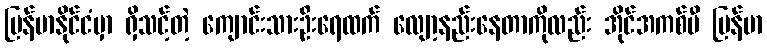
မြန်မာနိုင်ငံမှာ ရှိသင့်တဲ့ ကျောင်းသားဦးရေထက် လျော့နည်းနေတာကိုလည်း အိုင်အကစ်ပီ မြန်မာ